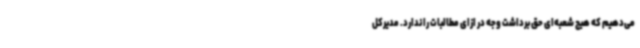
می‌دهیم که هیچ شعبه‌ای حق برداشت وجه در ازای مطالبات را ندارد. مدیرکل